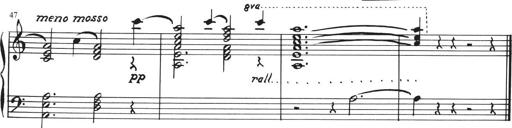
Title: Sonatina in E major
Composer: Paul von Klenau
Key: E major